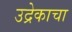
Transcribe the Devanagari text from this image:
उद्रेकाचा